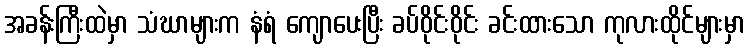
အခန်းကြီးထဲမှာ သံဃာများက နံရံ ကျောပေးပြီး ခပ်ဝိုင်းဝိုင်း ခင်းထားသော ကုလားထိုင်များမှာ